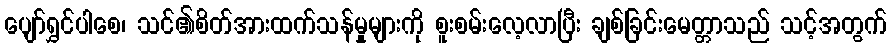
ပျော်ရွှင်ပါစေ၊ သင်၏စိတ်အားထက်သန်မှုများကို စူးစမ်းလေ့လာပြီး ချစ်ခြင်းမေတ္တာသည် သင့်အတွက်